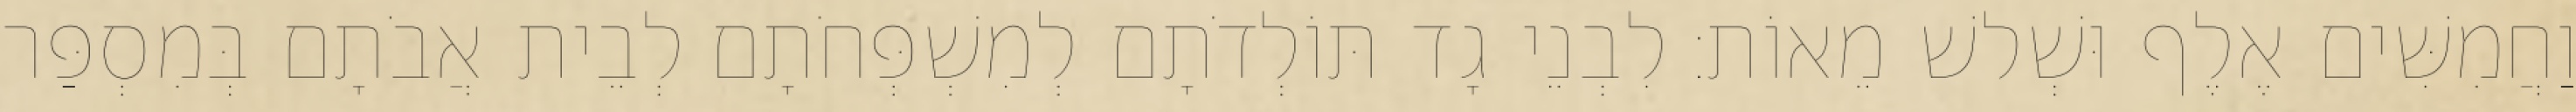
וַחֲמִשִּׁים אֶלֶף וּשְׁלשׁ מֵאוֹת׃ לִבְנֵי גָד תּוֹלְדֹתָם לְמִשְׁפְּחֹתָם לְבֵית אֲבֹתָם בְּמִסְפַּר